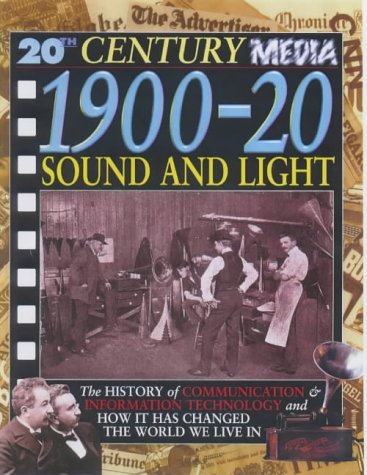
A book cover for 1900-20 Sound and Light (20th Century Media); Steve Parker; Children's Books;